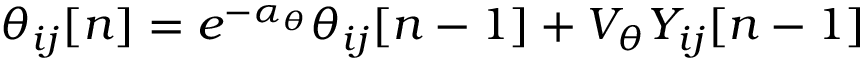
\theta _ { i j } [ n ] = e ^ { - \alpha _ { \theta } } \theta _ { i j } [ n - 1 ] + V _ { \theta } Y _ { i j } [ n - 1 ]